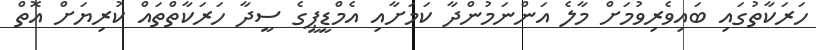
ހަރަކާތުގައި ބައިވެރިވުމަށް މާލެ އަންނަމުންދާ ކަމަށާއި އެމްޑީޕީގެ ސީދާ ހަރަކާތްތައް ކުރިޔަށް އޮތް